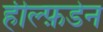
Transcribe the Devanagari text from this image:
हील्फ़डेन